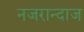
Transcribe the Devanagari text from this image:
नजरान्दाज